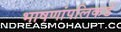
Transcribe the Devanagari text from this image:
भाषणांपलिकडे